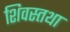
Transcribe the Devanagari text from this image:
शिवस्तथा